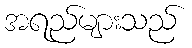
အရည်များသည်